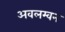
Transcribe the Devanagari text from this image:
अवलम्वन